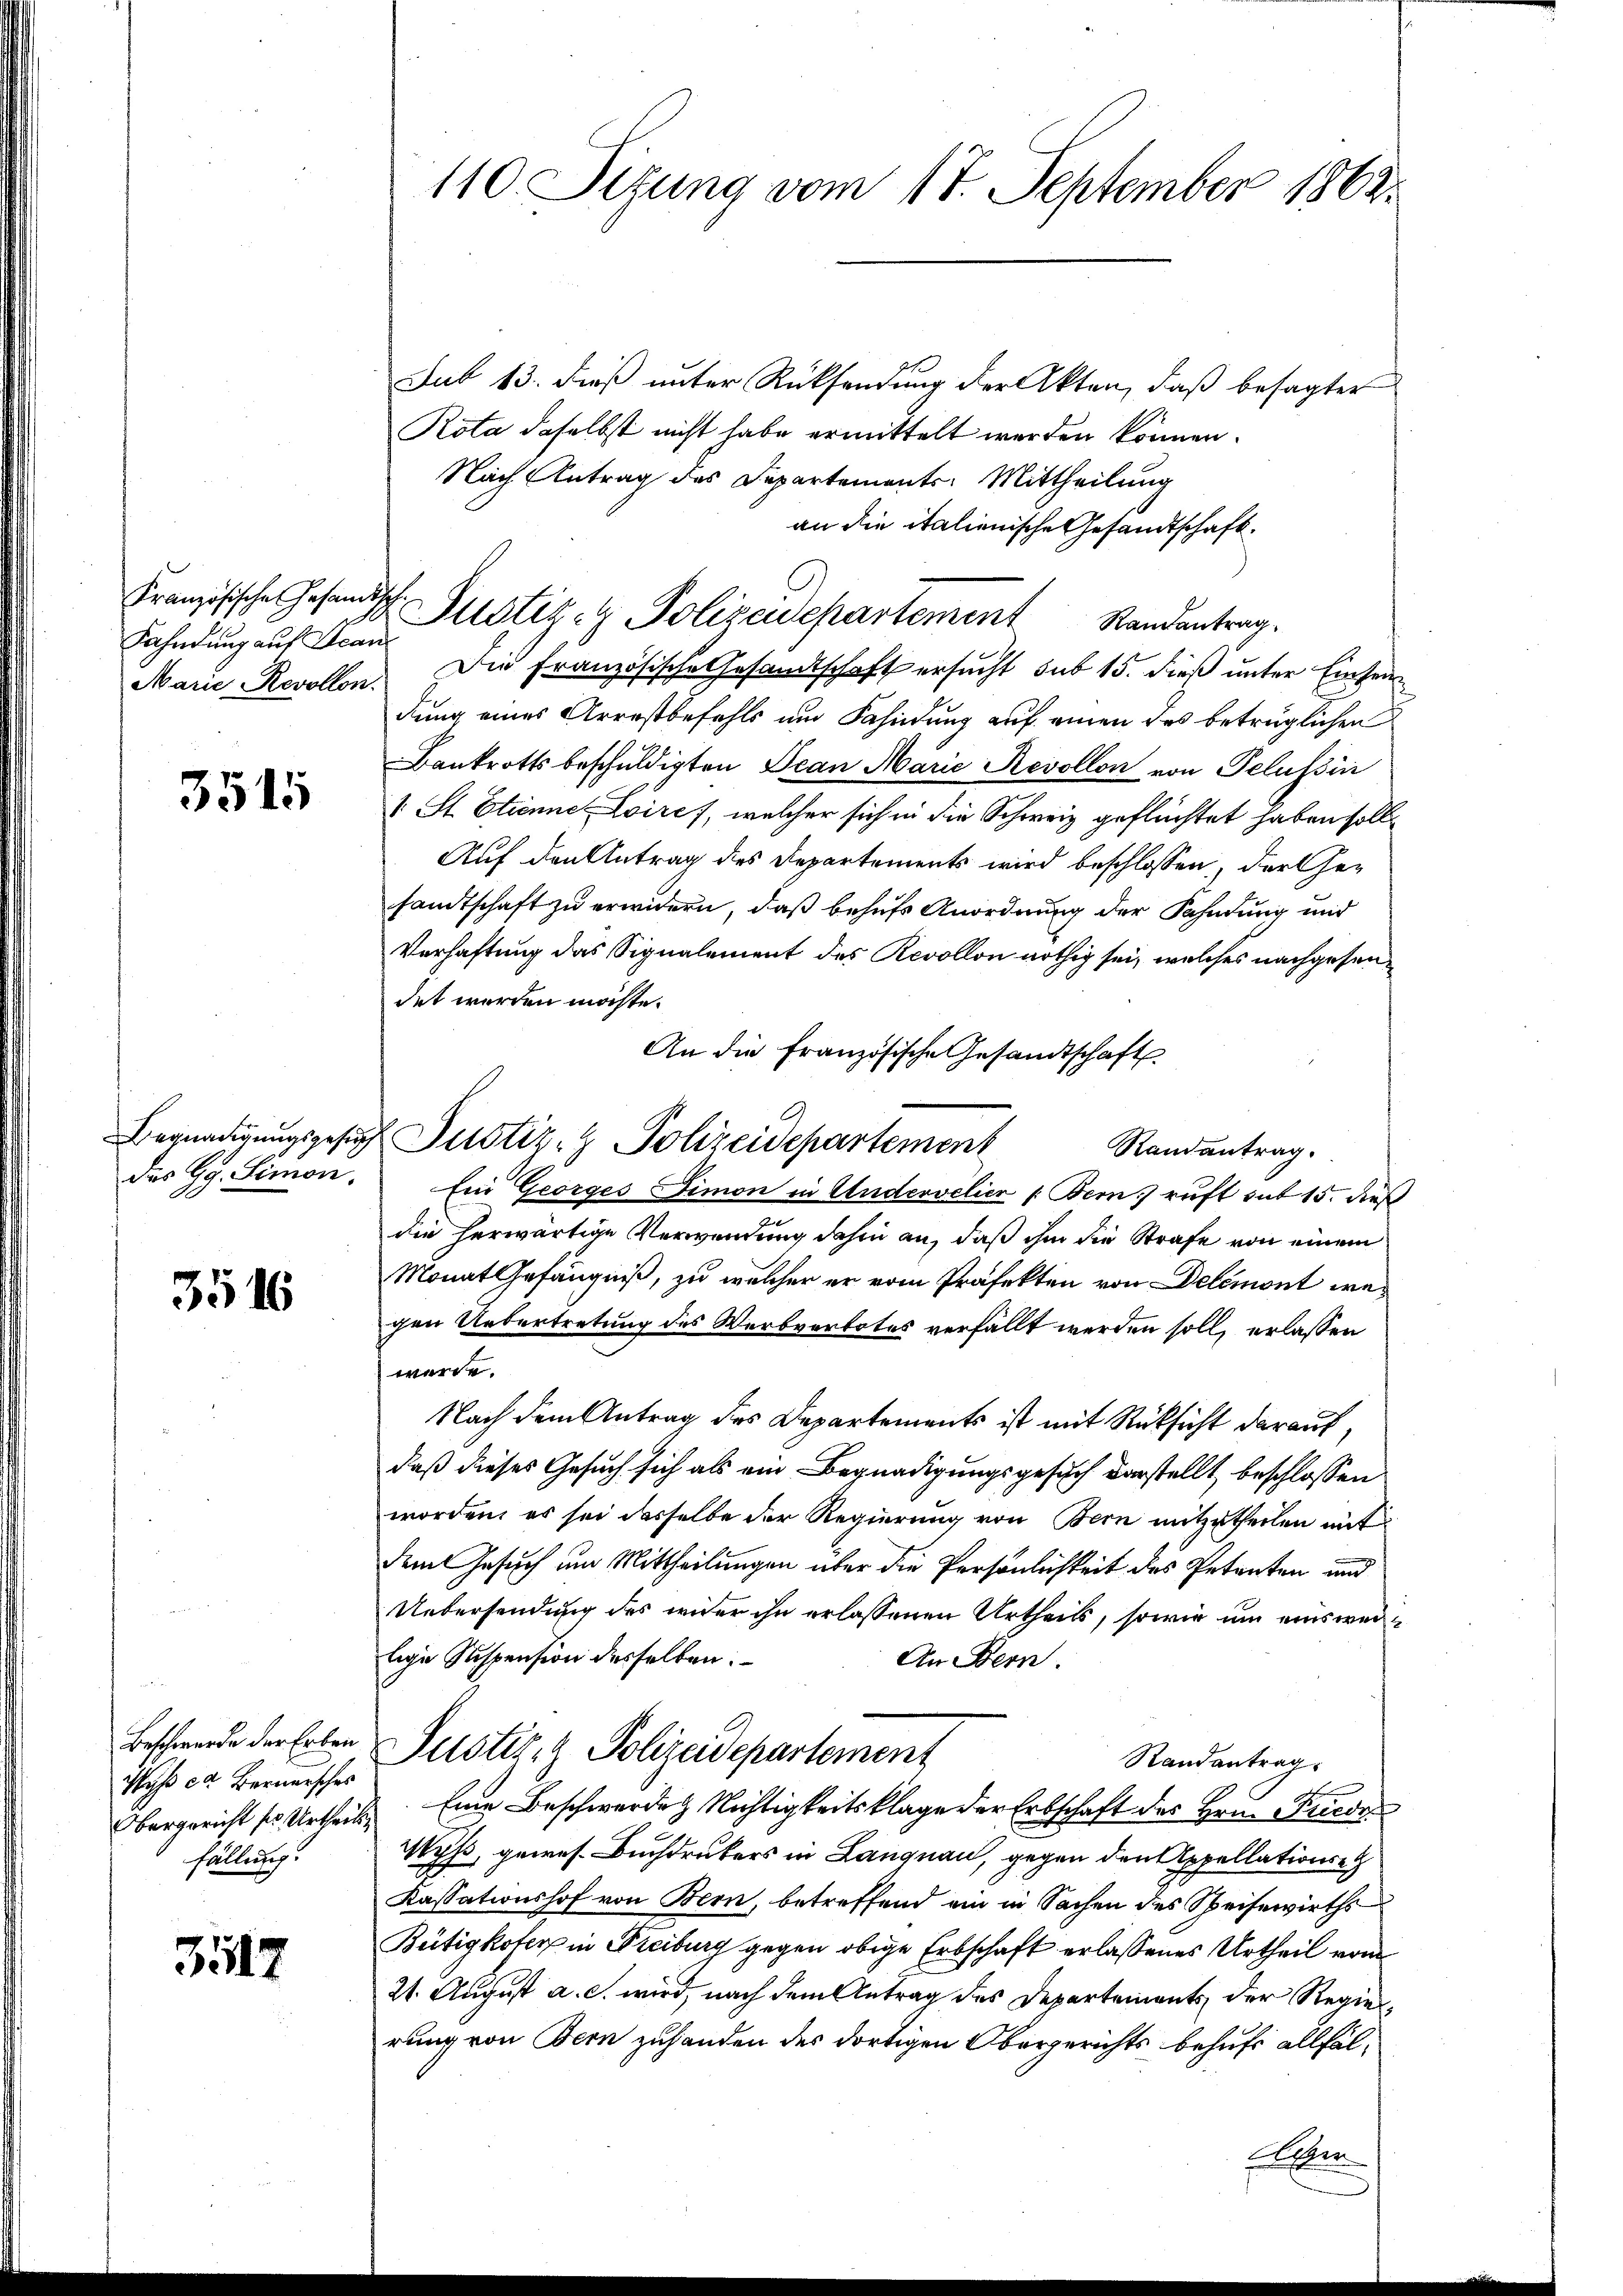
Fahndung auf Hean

3515

des Gg. Simon.

3516

Beschwerde der Erben
Wyß ca Bernersches
fällung.

3517

110. Sitzung vom 17. September 1862.

Französische Gesandtsche Justiz- & Polizeidepartement Randantrag.

Begnadigungsgesuch Justiz- & Polizeidepartement

Jut 13. dieß unter Rücksendung der Akten, daß besagter
Rota daselbst nicht habe ermittelt werden können.
Nach Antrag des Departements-Mittheilung
an die italienische Gesandtschaft.
Marie Revollen. Die Französische Gesandtschaft ersucht sub 15. dieß unter Einsein
dung eines Arrestbefehls und Fahndung auf einen des betrüglichen
Bankrotts beschuldigten Jean Marie Revollon von Gelüssin
1. St. Etienne Loires, welcher sich in die Schweiz geflüchtet haben soll.
Auf den Antrag des Departements wird beschlossen, der Gesandtschaft zu erwidern, daß behufs Anordnung der Fahndung und
Verhaftung das Signalement des Revollon nöthig sei, welches nachgesendet werden möchte.
An die Französische Gesandtschaft
Randantrag.
Ein Georgesimon in Undervelien /: Bern ruft sub 15. dieß
die herwärtige Verwendung dahin an, daß ihm die Strafe von einem
Monat Gefängniß, zu welcher er vom Präfekten von Delémont wegen Uebertretung des Werbverbotes verfällt werden soll, erlassen
werde.
Nach dem Antrag des Departements ist mit Rücksicht darauf,
daß dieses Gesuch sich als ein Begnadigungsgesuch darstellt beschlossen
worden, es sei dasselbe der Regierung von Bern mitzutheilen mit
dem Gesuch um Mittheilungen über die Persönlichkeit des Petenten und
Uebersendung des wider ihn erlassenen Urtheils, sowie um einsweilige Suspension desselben.
An Bern.
Justiz- & Polizeidepartement
Randantrag
Obergericht ses Urtheils Eine Beschwerdes Nichtigkeitsklage der Erbschaft des Hrn. Friede
Wyss, gewes. Buchdruckers in Langnau, gegen den Appellationse
Kassationshof von Bern, betreffend ein in Sachen des Speisewirths
Bütigkoter in Freiburg gegen obige Erbschaft erlassenes Urtheil vom
21. August a. c. wird, nach dem Antrag des Departements der Regierung von Bern zuhanden des dortigen Obergerichts behufs allfäl¬

e